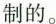
制的。